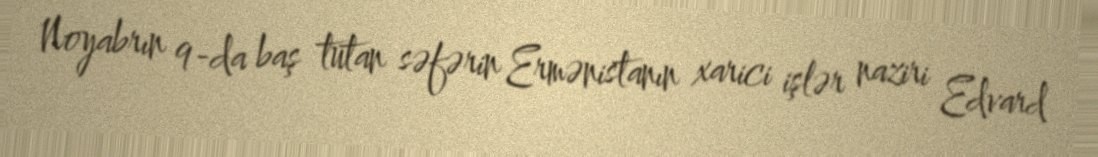
Noyabrın 9-da baş tutan səfərin Ermənistanın xarici işlər naziri Edvard